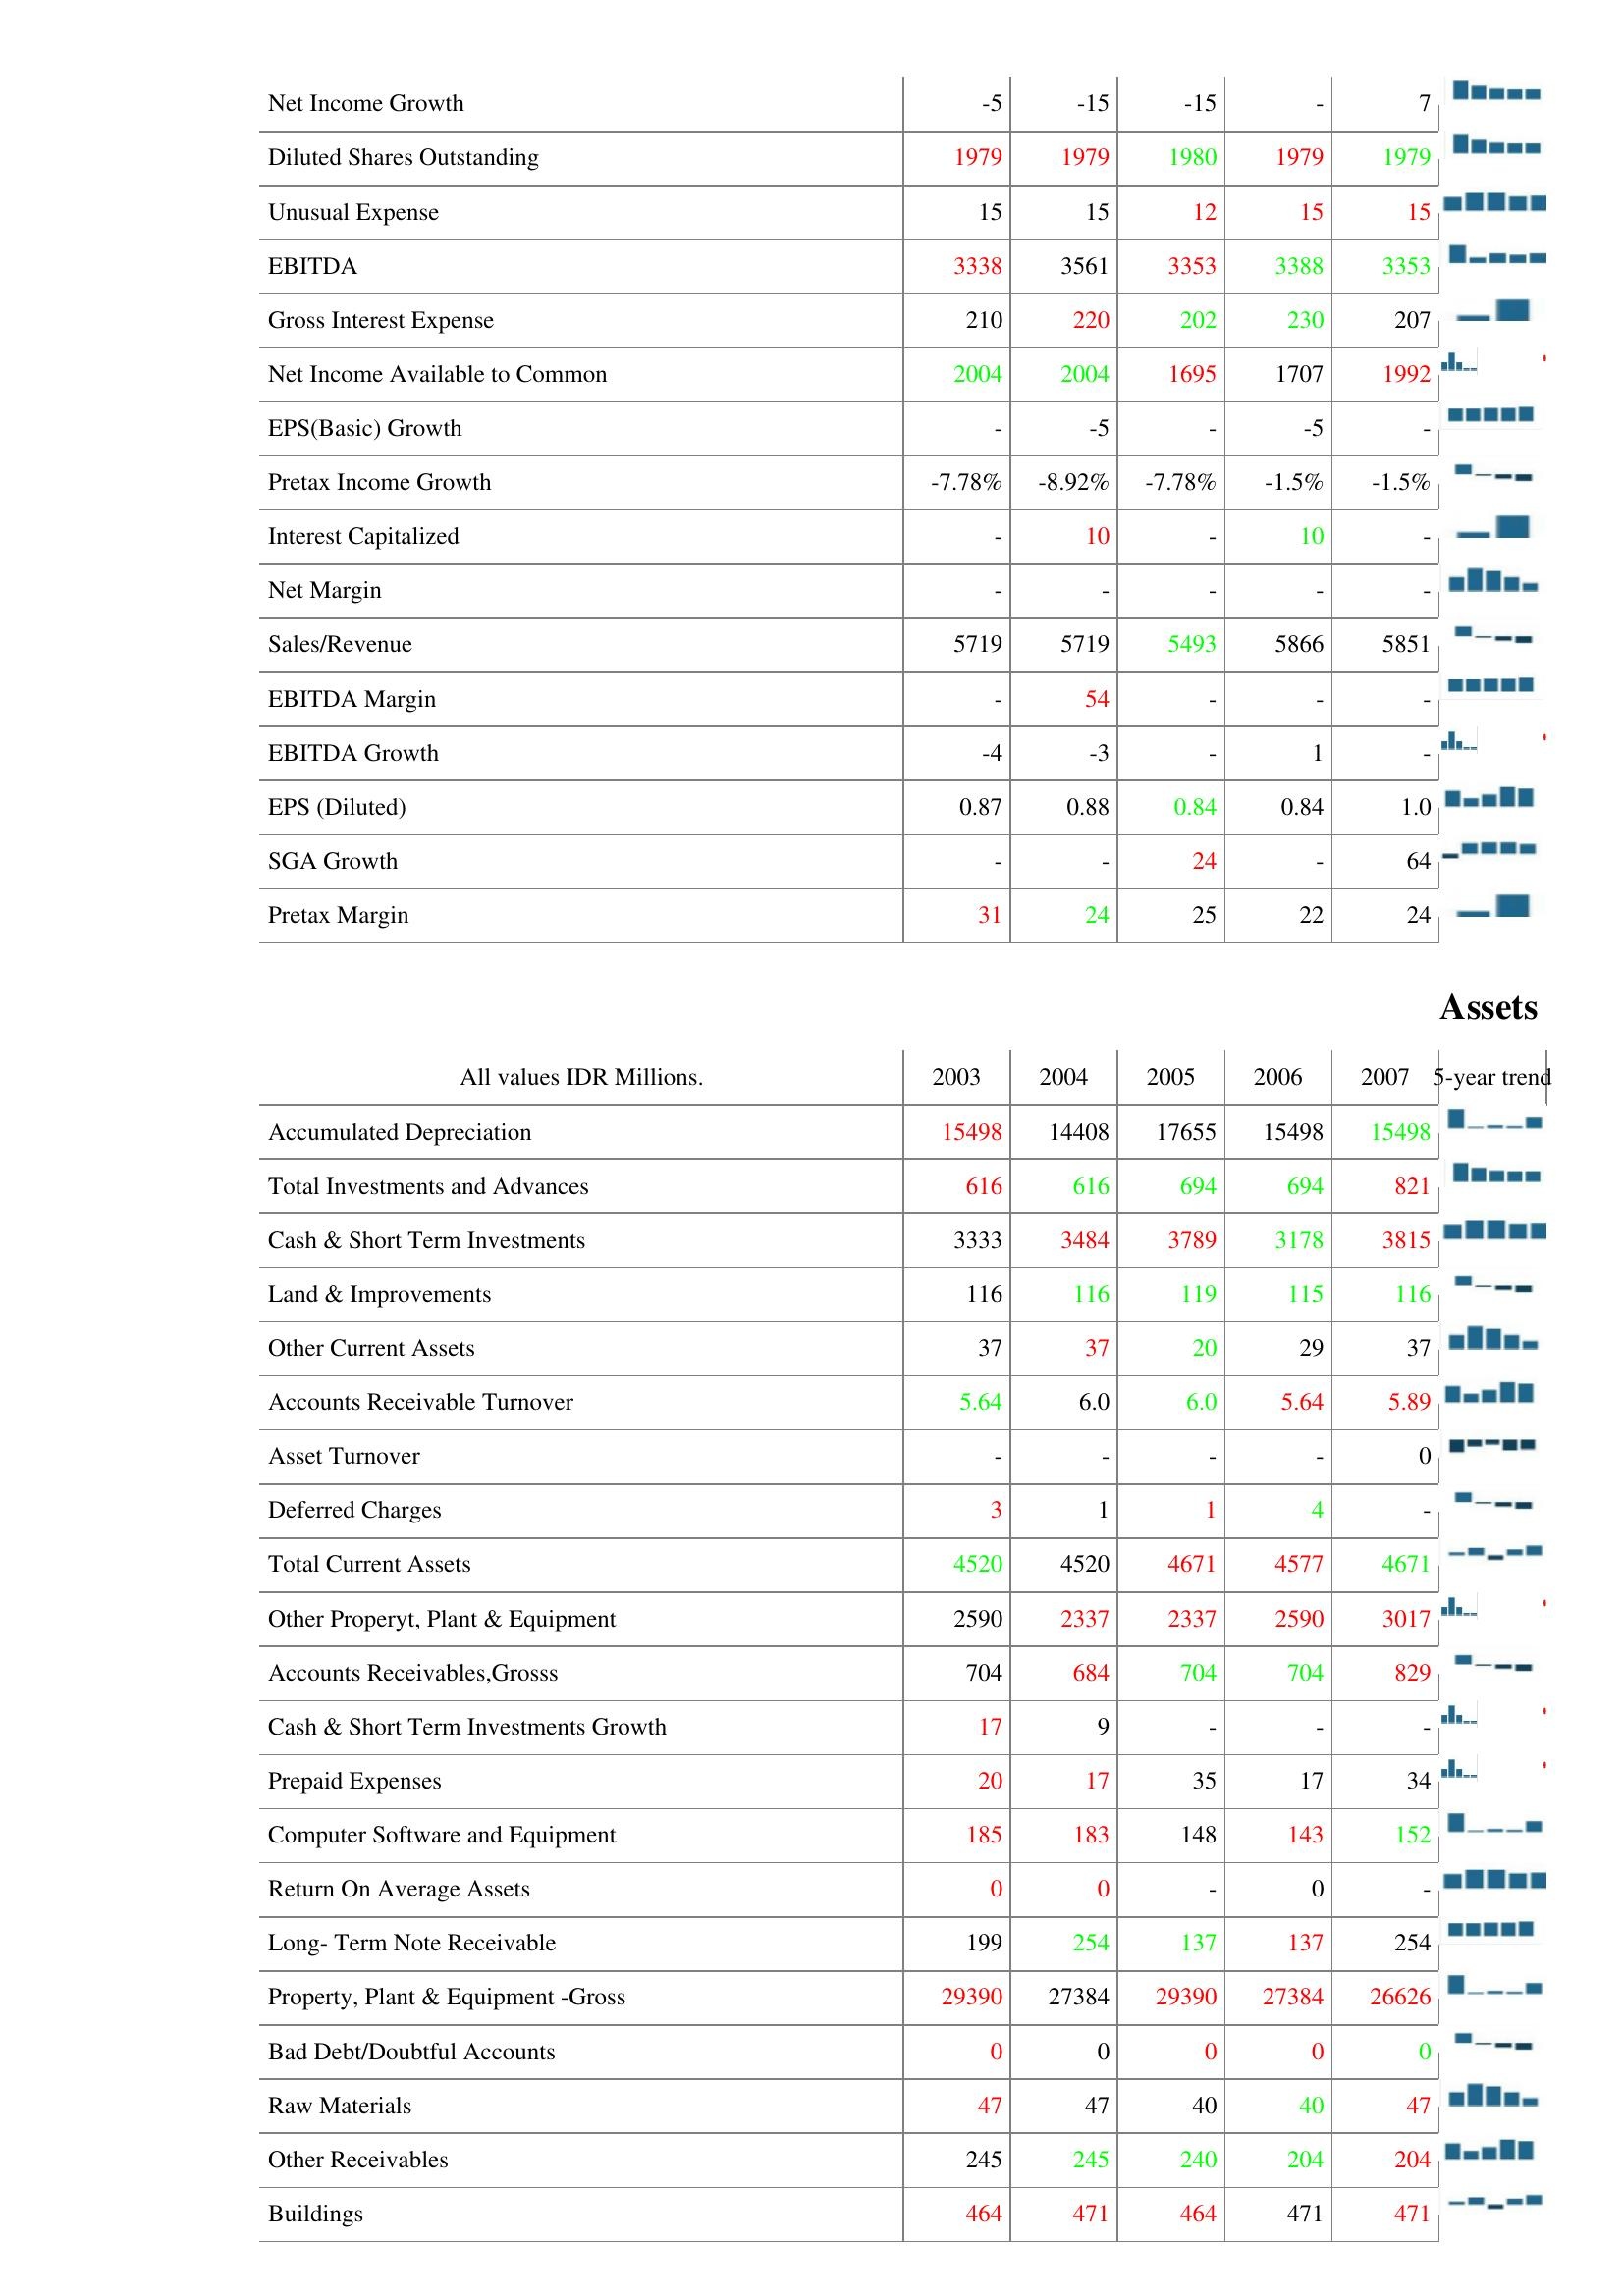
2003: : Net Income Growth: -5
Diluted Shares Outstanding: 1979
Unusual Expense: 15
EBITDA: 3338
Gross Interest Expense: 210
Net Income Available to Common: 2004
EPS(Basic) Growth: -
Pretax Income Growth: -7.78%
Interest Capitalized: -
Net Margin: -
Sales/Revenue: 5719
EBITDA Margin: -
EBITDA Growth: -4
EPS (Diluted): 0.87
SGA Growth: -
Pretax Margin: 31
Assets: Accumulated Depreciation: 15498
Total Investments and Advances: 616
Cash & Short Term Investments: 3333
Land & Improvements: 116
Other Current Assets: 37
Accounts Receivable Turnover: 5.64
Asset Turnover: -
Deferred Charges: 3
Total Current Assets: 4520
Other Properyt, Plant & Equipment: 2590
Accounts Receivables,Grosss: 704
Cash & Short Term Investments Growth: 17
Prepaid Expenses: 20
Computer Software and Equipment: 185
Return On Average Assets: 0
Long- Term Note Receivable: 199
Property, Plant & Equipment -Gross: 29390
Bad Debt/Doubtful Accounts: 0
Raw Materials: 47
Other Receivables: 245
Buildings: 464
2004: : Net Income Growth: -15
Diluted Shares Outstanding: 1979
Unusual Expense: 15
EBITDA: 3561
Gross Interest Expense: 220
Net Income Available to Common: 2004
EPS(Basic) Growth: -5
Pretax Income Growth: -8.92%
Interest Capitalized: 10
Net Margin: -
Sales/Revenue: 5719
EBITDA Margin: 54
EBITDA Growth: -3
EPS (Diluted): 0.88
SGA Growth: -
Pretax Margin: 24
Assets: Accumulated Depreciation: 14408
Total Investments and Advances: 616
Cash & Short Term Investments: 3484
Land & Improvements: 116
Other Current Assets: 37
Accounts Receivable Turnover: 6.0
Asset Turnover: -
Deferred Charges: 1
Total Current Assets: 4520
Other Properyt, Plant & Equipment: 2337
Accounts Receivables,Grosss: 684
Cash & Short Term Investments Growth: 9
Prepaid Expenses: 17
Computer Software and Equipment: 183
Return On Average Assets: 0
Long- Term Note Receivable: 254
Property, Plant & Equipment -Gross: 27384
Bad Debt/Doubtful Accounts: 0
Raw Materials: 47
Other Receivables: 245
Buildings: 471
2005: : Net Income Growth: -15
Diluted Shares Outstanding: 1980
Unusual Expense: 12
EBITDA: 3353
Gross Interest Expense: 202
Net Income Available to Common: 1695
EPS(Basic) Growth: -
Pretax Income Growth: -7.78%
Interest Capitalized: -
Net Margin: -
Sales/Revenue: 5493
EBITDA Margin: -
EBITDA Growth: -
EPS (Diluted): 0.84
SGA Growth: 24
Pretax Margin: 25
Assets: Accumulated Depreciation: 17655
Total Investments and Advances: 694
Cash & Short Term Investments: 3789
Land & Improvements: 119
Other Current Assets: 20
Accounts Receivable Turnover: 6.0
Asset Turnover: -
Deferred Charges: 1
Total Current Assets: 4671
Other Properyt, Plant & Equipment: 2337
Accounts Receivables,Grosss: 704
Cash & Short Term Investments Growth: -
Prepaid Expenses: 35
Computer Software and Equipment: 148
Return On Average Assets: -
Long- Term Note Receivable: 137
Property, Plant & Equipment -Gross: 29390
Bad Debt/Doubtful Accounts: 0
Raw Materials: 40
Other Receivables: 240
Buildings: 464
2006: : Net Income Growth: -
Diluted Shares Outstanding: 1979
Unusual Expense: 15
EBITDA: 3388
Gross Interest Expense: 230
Net Income Available to Common: 1707
EPS(Basic) Growth: -5
Pretax Income Growth: -1.5%
Interest Capitalized: 10
Net Margin: -
Sales/Revenue: 5866
EBITDA Margin: -
EBITDA Growth: 1
EPS (Diluted): 0.84
SGA Growth: -
Pretax Margin: 22
Assets: Accumulated Depreciation: 15498
Total Investments and Advances: 694
Cash & Short Term Investments: 3178
Land & Improvements: 115
Other Current Assets: 29
Accounts Receivable Turnover: 5.64
Asset Turnover: -
Deferred Charges: 4
Total Current Assets: 4577
Other Properyt, Plant & Equipment: 2590
Accounts Receivables,Grosss: 704
Cash & Short Term Investments Growth: -
Prepaid Expenses: 17
Computer Software and Equipment: 143
Return On Average Assets: 0
Long- Term Note Receivable: 137
Property, Plant & Equipment -Gross: 27384
Bad Debt/Doubtful Accounts: 0
Raw Materials: 40
Other Receivables: 204
Buildings: 471
2007: : Net Income Growth: 7
Diluted Shares Outstanding: 1979
Unusual Expense: 15
EBITDA: 3353
Gross Interest Expense: 207
Net Income Available to Common: 1992
EPS(Basic) Growth: -
Pretax Income Growth: -1.5%
Interest Capitalized: -
Net Margin: -
Sales/Revenue: 5851
EBITDA Margin: -
EBITDA Growth: -
EPS (Diluted): 1.0
SGA Growth: 64
Pretax Margin: 24
Assets: Accumulated Depreciation: 15498
Total Investments and Advances: 821
Cash & Short Term Investments: 3815
Land & Improvements: 116
Other Current Assets: 37
Accounts Receivable Turnover: 5.89
Asset Turnover: 0
Deferred Charges: -
Total Current Assets: 4671
Other Properyt, Plant & Equipment: 3017
Accounts Receivables,Grosss: 829
Cash & Short Term Investments Growth: -
Prepaid Expenses: 34
Computer Software and Equipment: 152
Return On Average Assets: -
Long- Term Note Receivable: 254
Property, Plant & Equipment -Gross: 26626
Bad Debt/Doubtful Accounts: 0
Raw Materials: 47
Other Receivables: 204
Buildings: 471